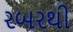
રબરથી